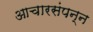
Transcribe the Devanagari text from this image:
आचारसंपन्‍न